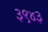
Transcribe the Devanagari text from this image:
३९४३